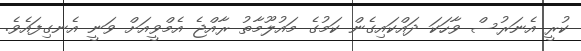
ކުރީ އެނަރުސް ވާހަކަ ދައްކައިގެން ކަމުގެ މައުލޫމާތު ރާއްޖެ އެމްވީއަށް ވަނީ އެނގިފައެވެ.